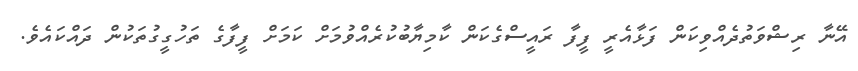
އޭނާ ރިޝްވަތުދެއްވިކަން ފަޅާއެރީ ފީފާ ރައީސްގެކަން ކާމިޔާބުކުރެއްވުމަށް ކަމަށް ފީފާގެ ތަހުގީގުތަކުން ދައްކައެވެ.